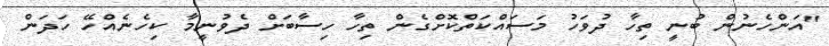
"އަންހެނުން ބުނީ ތިހާ ދުވަހު މަސައްކަތްކޮށްގެން ތިހާ ހިސާބަށް ދެވުނީމާ ކިހެނެއްހޭ ހަދަން